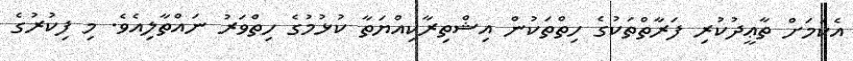
އެކަމަށް ތާޢީދުކުރި ފަރާތްތަކުގެ ހިތްތަކުން އިޝްތިރާކިއްޔަތާ ކުޅުމުގެ ހިތްވަރު ނައްތާލިއެވެ. މި ފިކުރުގެ